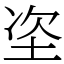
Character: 垐